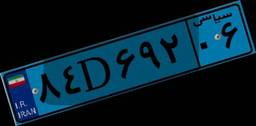
۰۲D۵۱۲۶۲